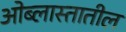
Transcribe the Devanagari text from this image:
ओब्लास्तातील